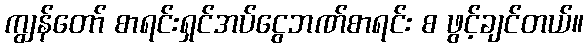
ကျွန်တော် စာရင်းရှင်အပ်ငွေဘဏ်စာရင်း စ ဖွင့်ချင်တယ်။